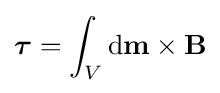
{\boldsymbol {\tau }}=\int _{V}\mathrm {d} \mathbf {m} \times \mathbf {B}